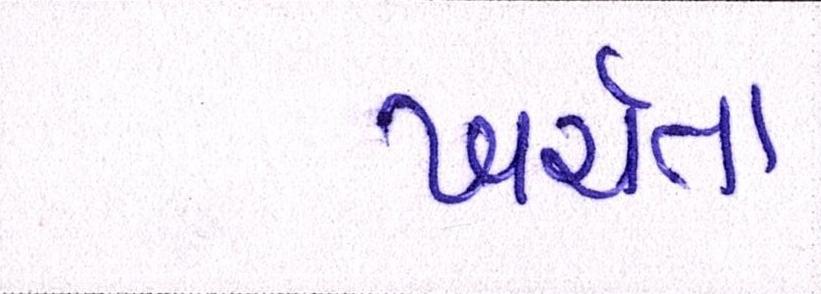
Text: ખર્ચતા